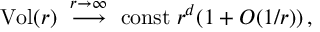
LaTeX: \mathrm { V o l } ( r ) ~ \stackrel { r \rightarrow \infty } { \longrightarrow } ~ \mathrm { c o n s t } \; r ^ { d } ( 1 + O ( 1 / r ) ) \, ,